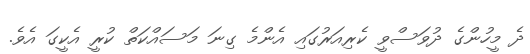
ދެ މީހުންގެ ދުވަސްވީ ކެރިއަރުގައި އެންމެ ގިނަ މަސައްކަތް ކުރީ އެކީގަ އެވެ.